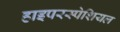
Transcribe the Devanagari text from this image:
हाइपरस्पेशियल